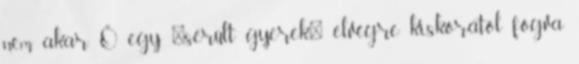
nem akar. Ő egy "sérült gyerek" elvégre kiskorától fogva